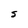
Character: S